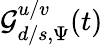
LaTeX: \mathcal{G}_{d/s,\Psi}^{u/v}(t)